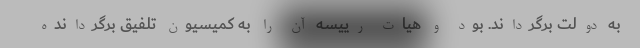
به دولت برگرداند. بود و هیات رییسه آن را به کمیسیون تلفیق برگردانده